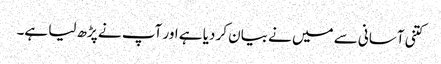
کتنی آسانی سے میں نے بیان کر دیا ہے اور آپ نے پڑھ لیا ہے۔